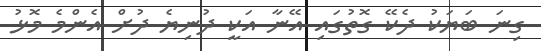
ގިނަ ބަޔަކު ދެކޭ ގޮތުގައި އޭނާ އަކީ ދުނިޔެ ދުށް އެންމެ މޮޅު